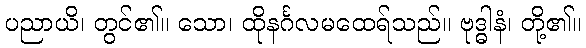
ပညာယိ၊ တွင်၏။ သော၊ ထိုနင်္ဂလမထေရ်သည်။ ဗုဒ္ဓါနံ၊ တို့၏။